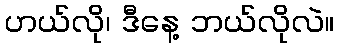
ဟယ်လို၊ ဒီနေ့ ဘယ်လိုလဲ။